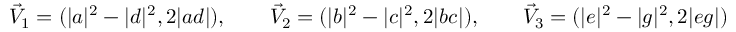
\vec { V } _ { 1 } = ( | a | ^ { 2 } - | d | ^ { 2 } , 2 | a d | ) , \qquad \vec { V } _ { 2 } = ( | b | ^ { 2 } - | c | ^ { 2 } , 2 | b c | ) , \qquad \vec { V } _ { 3 } = ( | e | ^ { 2 } - | g | ^ { 2 } , 2 | e g | )